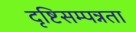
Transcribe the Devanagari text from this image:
दृष्टिसम्पन्नता